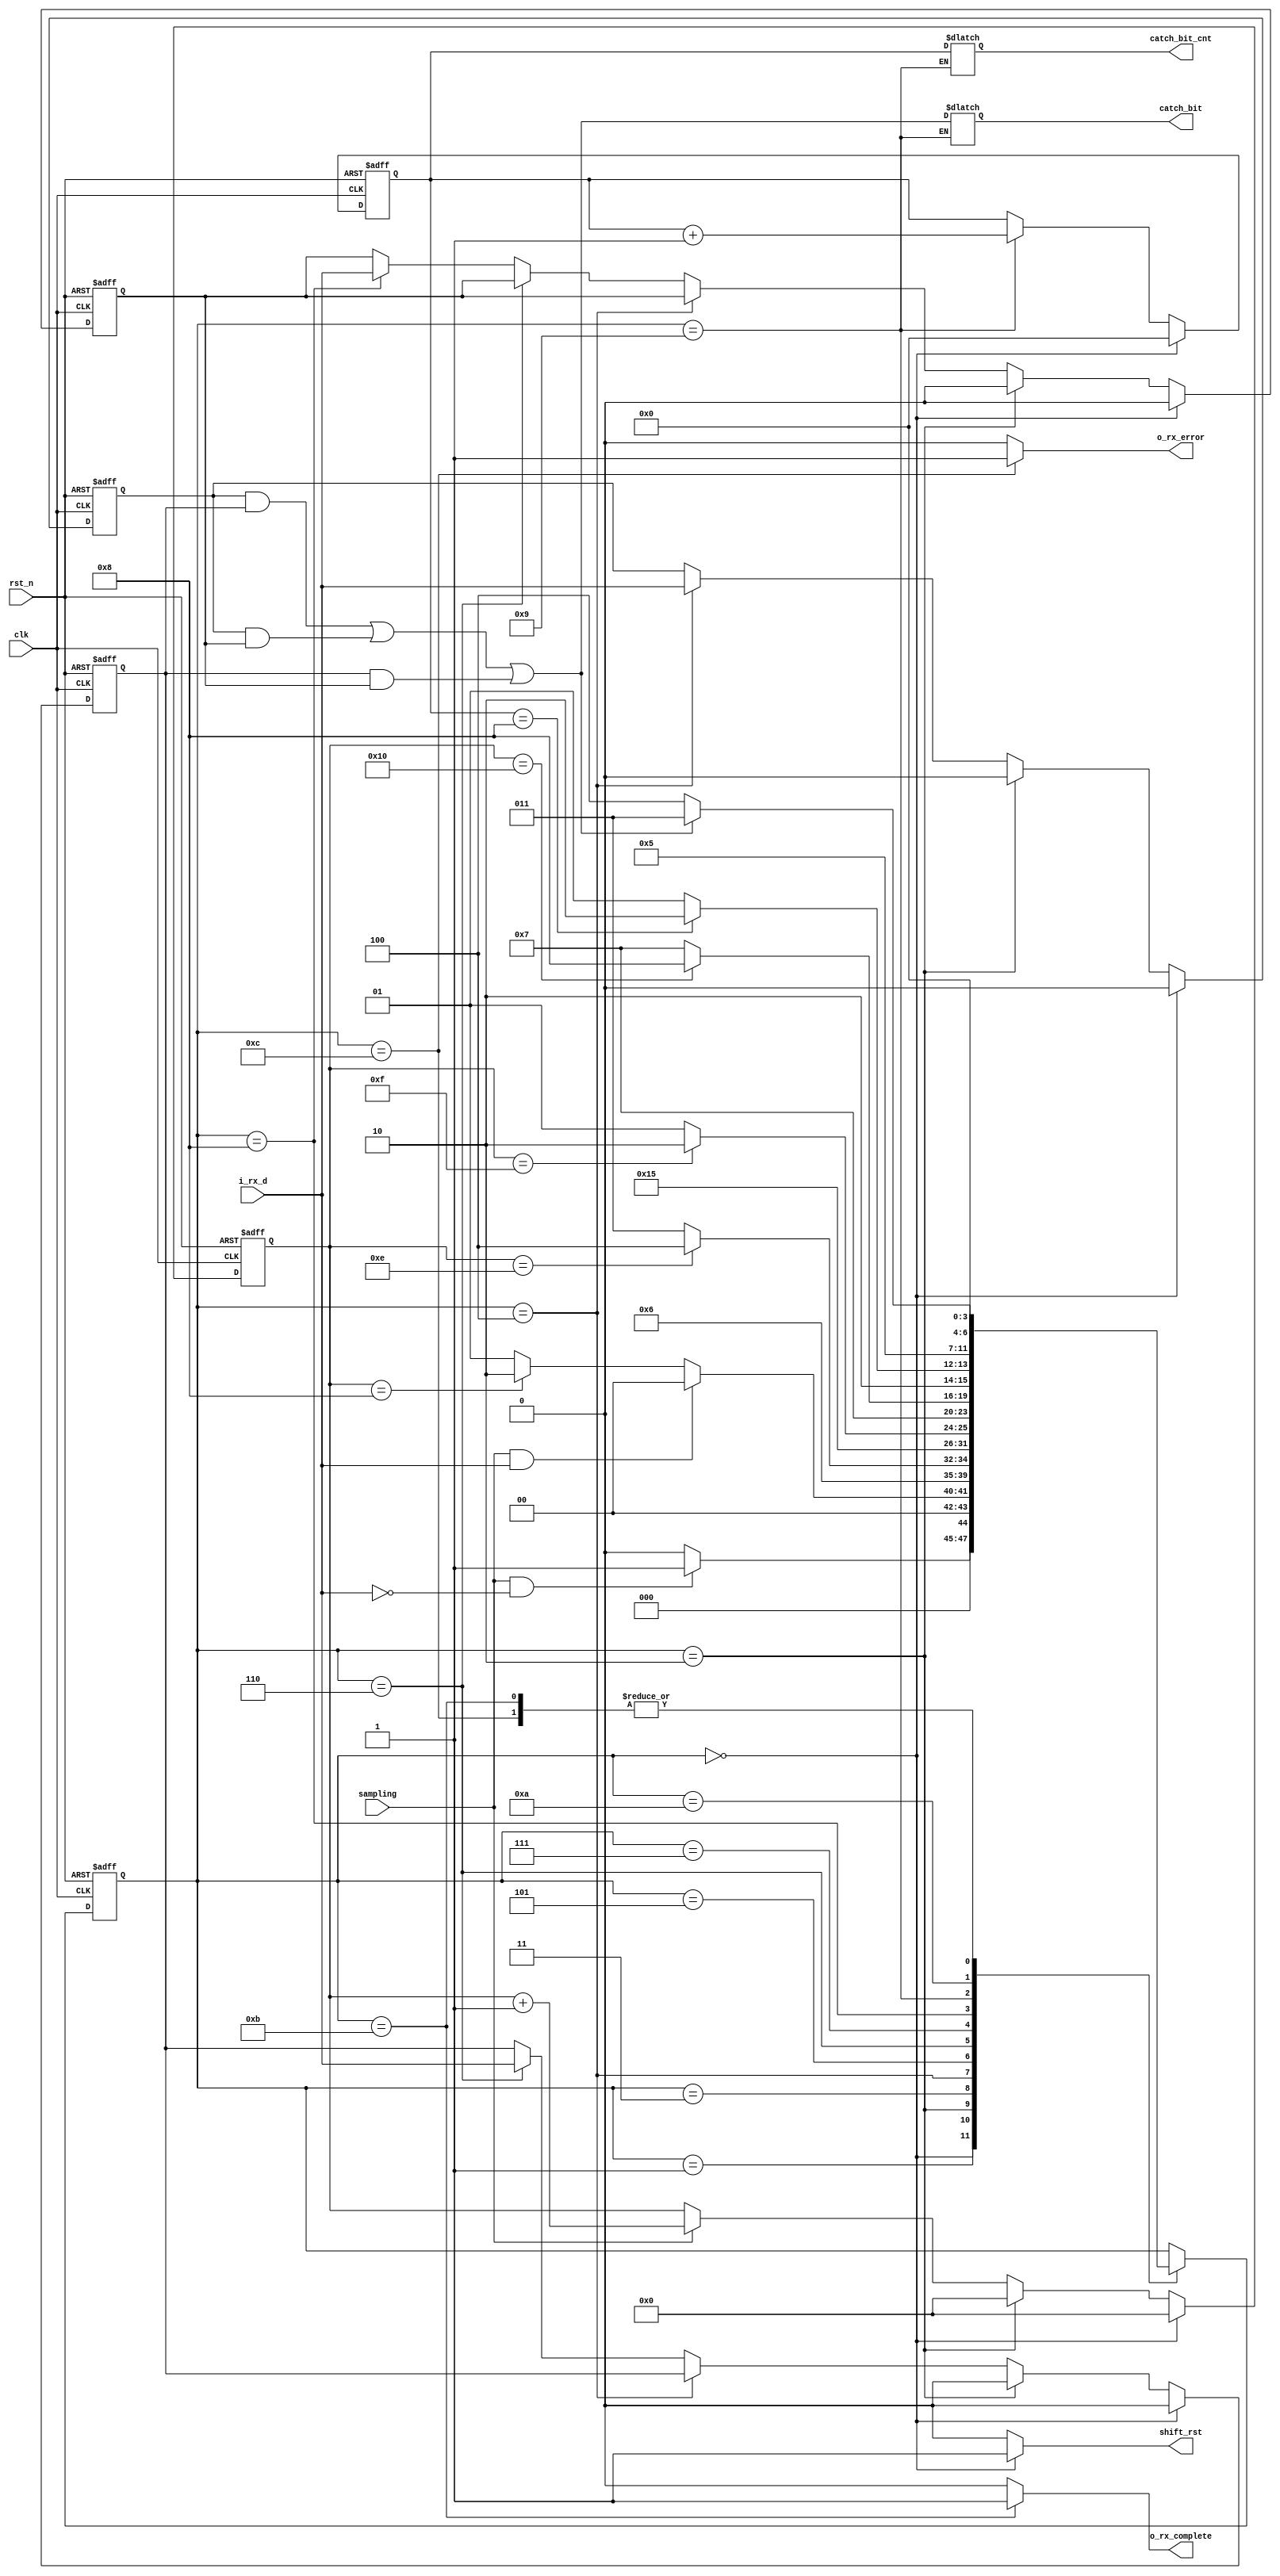
module FSM_Module_Rx(
    clk                 ,
    rst_n               ,
    i_rx_d              ,
    sampling            ,
    catch_bit           ,
    catch_bit_cnt       ,
    shift_rst           ,
    o_rx_complete       ,
    o_rx_error           
);

input               clk                 ;
input               rst_n               ;
input               i_rx_d              ;
input               sampling            ;

output reg          catch_bit           ;
output reg [3:0]    catch_bit_cnt       ;
output              shift_rst           ;
output              o_rx_complete       ;
output              o_rx_error          ;

reg [3:0] state, n_state;

//State parameter
localparam IDLE              = 4'd0;
localparam START_CHECK       = 4'd1;
localparam SAMPLE_CNT_RST    = 4'd2;
localparam F_WAIT            = 4'd3;
localparam F_SAMPLE          = 4'd4;
localparam S_WAIT            = 4'd5;
localparam S_SAMPLE          = 4'd6;
localparam T_WAIT            = 4'd7;
localparam T_SAMPLE          = 4'd8;
localparam DATA_DECISION     = 4'd9;
localparam STOP_DECISION     = 4'd10;
localparam RECEIVE_COMPLETE  = 4'd11;
localparam RECEIVE_ERROR     = 4'd12;

//State register
always @(posedge clk or negedge rst_n) begin
    if(~rst_n)
        state <= IDLE;
    else   
        state <= n_state;
end

//State logic
always @(state or i_rx_d or sampling or sample_cnt or bit_cnt) begin //state, i_rx_d, sampling, sample_cnt, bit_cnt 신호가 바뀔 때에만 동작(clk와 상관(X))
    case(state)
        IDLE: begin //sampling(baud rate의 16배 속도)하여 시작 비트(0)를 감지하여 다음 state로 이동
            if(sampling == 1 && i_rx_d == 0)
                n_state = START_CHECK;
            else
                n_state = IDLE;
        end

        //sample_cnt = 0일 때 1번 Sampling (IDLE state에서 1번 sampling하여 START_CHECK state로 이동했기 때문에)
        START_CHECK: begin
            if(sampling == 1 && i_rx_d == 1) //시작 비트(0) sampling 값이 1이 될 경우(Noise가 낄 경우) 다시 IDLE로 상태로 돌아가 새로운 신호 전송을 기다림
                n_state = IDLE;
            else if(sample_cnt == 8) //start 비트의 middle point+1 (9번째 sampling)까지 대기
                n_state = SAMPLE_CNT_RST;
            else
                n_state = START_CHECK;
        end

        SAMPLE_CNT_RST: n_state = F_WAIT; //sample_cnt 리셋 -> 이전 data bit의 (middle point+1)일 때 Reset되므로, sample_cnt = 0 일 때 1번 sampling

        F_WAIT: begin 
            if(sample_cnt == 14) //data bit의 middle point-1 (이전 data bit의 middle point에서 부터 15번째 sampling) 까지 대기
                n_state = F_SAMPLE; //sample_cnt = 14 이후 (1clock)
            else
                n_state = F_WAIT;
        end

        F_SAMPLE: n_state = S_WAIT; //data bit의 1번째 sample 저장 (1clock) -> sample_cnt = 14 이후 (2clock)


        S_WAIT: begin
            if(sample_cnt == 15) //data bit의 middle point(이전 data bit의 middle point에서 부터 16번째 sampling) 까지 대기
                n_state = S_SAMPLE; //sample_cnt = 15 이후 (1clock)
            else
                n_state = S_WAIT;
        end

        S_SAMPLE: n_state = T_WAIT; //data bit의 2번째 sample 저장 (1clock) -> sample_cnt = 15 이후 (2clock)

        T_WAIT: begin 
            if(sample_cnt == 16) //data bit의 middle point+1 (이전 data bit의 middle point에서 부터 17번째 sampling) 까지 대기
                n_state = T_SAMPLE; //sample_cnt = 16 이후 (1clock)
            else
                n_state = T_WAIT;
        end

        T_SAMPLE: begin //data bit의 3번째 sample 저장 (1clock) -> sample_cnt = 16 이후 (2clock)
            if(bit_cnt == 4'd8) //bit_cnt = 8일 때 stop bit까지 확인 (9번째 bit)
                n_state = STOP_DECISION;
            else //bit_cnt = 7일 때까지 (0 ~ 7 -> 8bit): data bit 저장 상태로 이동 
                n_state = DATA_DECISION;
        end

        DATA_DECISION: n_state = SAMPLE_CNT_RST; //3개의 sample bit 비교 후 register에 data bit 저장 -> sample_cnt = 16 이후 (3clock)

        STOP_DECISION: begin //Stop bit check (complete or error 결정) -> sample_cnt = 16 이후 (3clock)
            if((b0&b1) | (b0&b2) | (b1&b2) == 1'b1)
                n_state = RECEIVE_COMPLETE;
            else   
                n_state = RECEIVE_ERROR;
        end

        RECEIVE_COMPLETE: //sample_cnt = 16 이후 (4clock)
            n_state = IDLE;

        RECEIVE_ERROR:
            n_state = IDLE; //sample_cnt = 16 이후 (4clock)

        default: n_state = state;
    endcase
end

//Sample counter
//Samling 횟수를 세는 counter
reg [4:0] sample_cnt;

always @(posedge clk or negedge rst_n) begin
    if(~rst_n)
        sample_cnt <= 0;
    else if(state == IDLE)
        sample_cnt <= 0;
    else if(state == SAMPLE_CNT_RST)
        sample_cnt <= 0;
    else begin
        if(sampling)
            sample_cnt <= sample_cnt + 1'b1;
        else
            sample_cnt <= sample_cnt;
    end
end

//Bit counter
//Data bit 수를 세는 counter 
reg [3:0] bit_cnt;

always @(posedge clk or negedge rst_n) begin
    if(~rst_n)
        bit_cnt <= 0;
    else if(state == IDLE)
        bit_cnt <= 0;
    else if(state == DATA_DECISION)
        bit_cnt <= bit_cnt + 1'b1;
    else
        bit_cnt <= bit_cnt;
end

//Sample bit register
//신호의 무결성을 보장하기 위해 1bit 당 3개의 sample을 저장하는 Register
reg b0, b1, b2;

always @(posedge clk or negedge rst_n) begin
    if(~rst_n) begin
        b0 <= 1'b0;
        b1 <= 1'b0;
        b2 <= 1'b0;
    end else if(state == IDLE) begin
        b0 <= 1'b0;
        b1 <= 1'b0;
        b2 <= 1'b0;
    end else if(state == SAMPLE_CNT_RST) begin
        b0 <= 1'b0;
        b1 <= 1'b0;
        b2 <= 1'b0;
    end else if(state == F_SAMPLE) begin
        b0 <= i_rx_d;
    end else if(state == S_SAMPLE) begin
        b1 <= i_rx_d;
    end else if(state == T_SAMPLE) begin
        b2 <= i_rx_d;
    end else begin
        b0 <= b0;
        b1 <= b1;
        b2 <= b2;
    end
end

//Output logic
always @(state) begin  
    if(state == DATA_DECISION) begin
        catch_bit_cnt <= bit_cnt;
        catch_bit <= (b0&b1) | (b0&b2) | (b1&b2); //Karnom map을 통하여 논리식 확인
    end else begin
        catch_bit_cnt <= catch_bit_cnt;
        catch_bit <= catch_bit;
    end
end

assign shift_rst = (state == IDLE) ? 1'b1 : 1'b0;
assign o_rx_complete = (state == RECEIVE_COMPLETE) ? 1'b1 : 1'b0;
assign o_rx_error = (state == RECEIVE_ERROR) ? 1'b1 : 1'b0;

endmodule